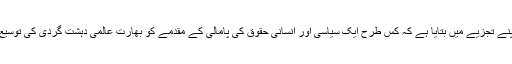
گیلانی صاحب نے اپنے تجزیے میں بتایا ہے کہ کس طرح ایک سیاسی اور انسانی حقوق کی پامالی کے مقدمے کو بھارت عالمی دہشت گردی کی توسیع ثابت کرنا چاہتاہے۔